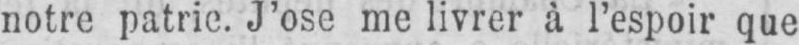
notre patrie. J’ose me livrer à l’espoir que